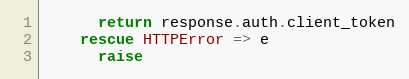
Language: Ruby
      return response.auth.client_token
    rescue HTTPError => e
      raise